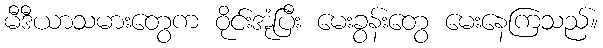
မီဒီယာသမားတွေက ဝိုင်းအုံပြီး မေးခွန်းတွေ မေးနေကြသည်။